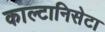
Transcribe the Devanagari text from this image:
काल्टानिसेटा